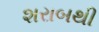
શરાબથી